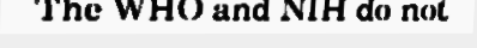
The WHO and NIH do not